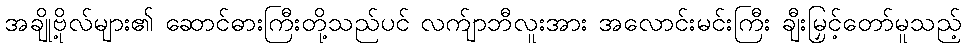
အချို့ဗိုလ်များ၏ ဆောင်ဓားကြီးတို့သည်ပင် လက်ျာဘီလူးအား အလောင်းမင်းကြီး ချီးမြှင့်တော်မူသည့်